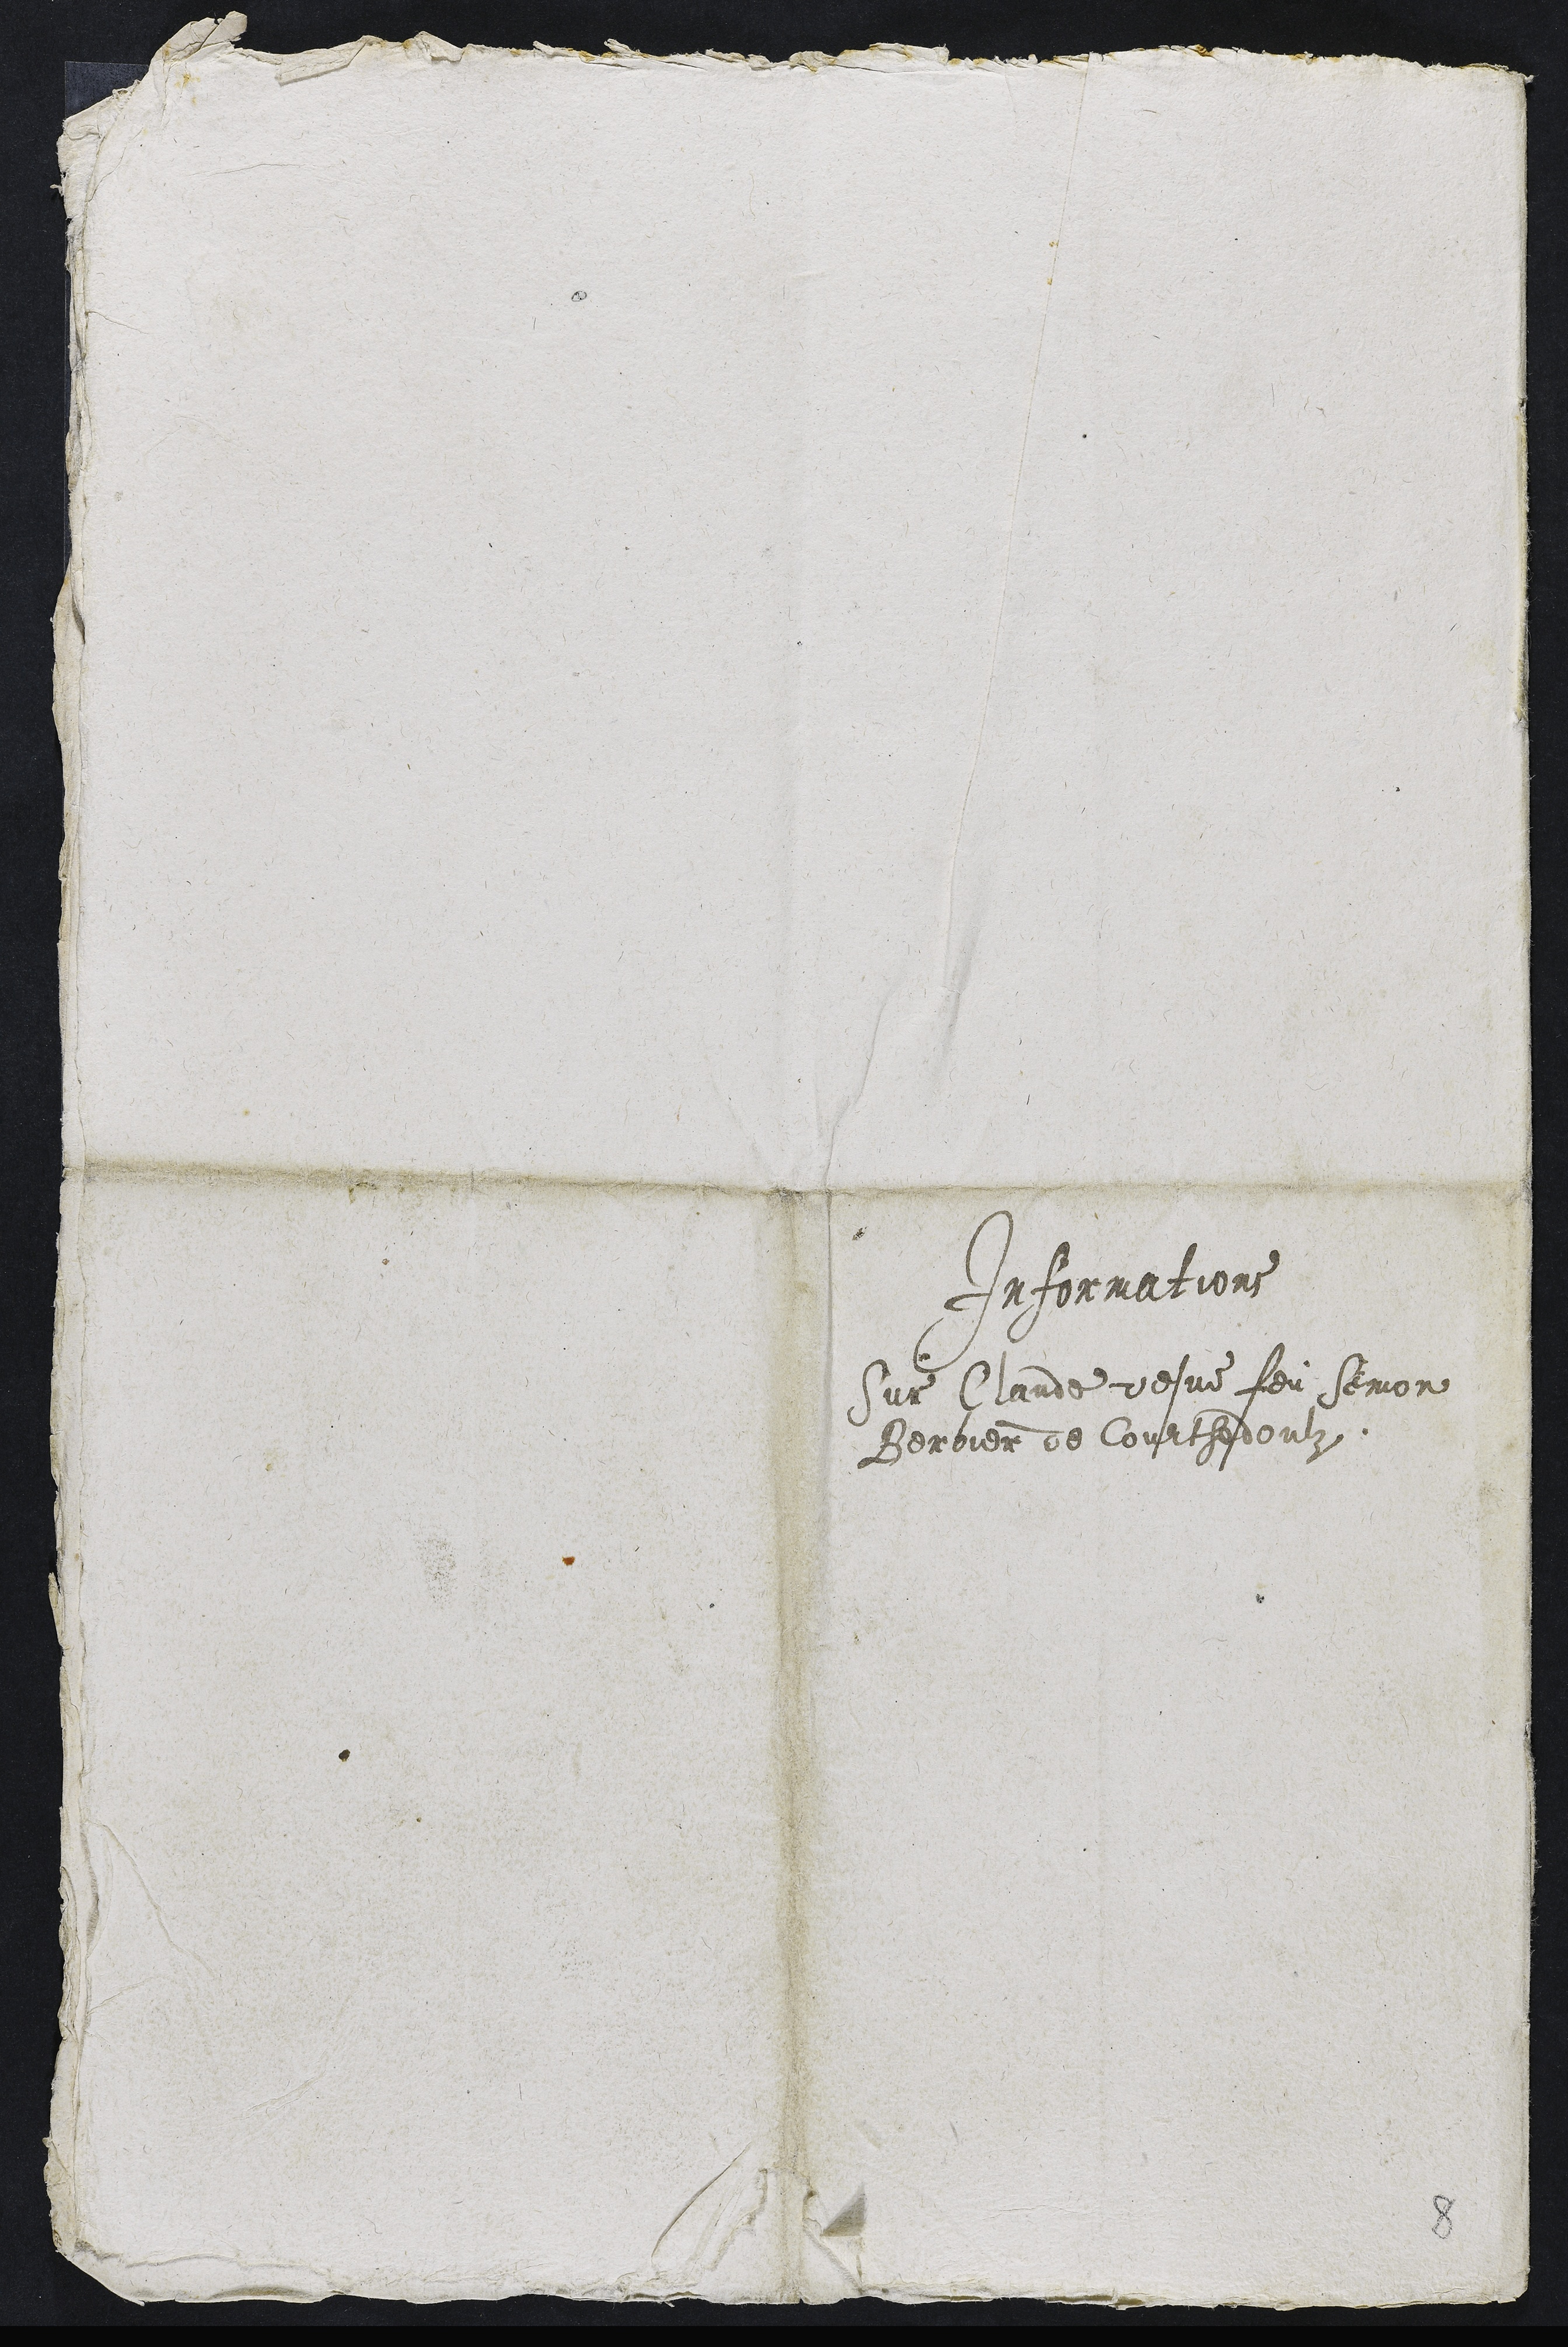
Informations
sur Claude vesve feu Semon
Berbier de Courthdoulz